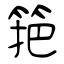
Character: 筢